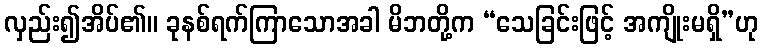
လှည်း၍အိပ်၏။ ခုနစ်ရက်ကြာသောအခါ မိဘတို့က “သေခြင်းဖြင့် အကျိုးမရှိ”ဟု